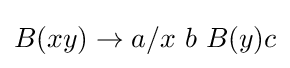
B(xy)\to a/x\ b\ B(y)c